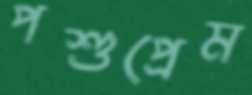
পশুপ্রেম